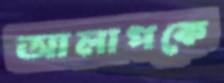
আলাপকে